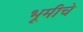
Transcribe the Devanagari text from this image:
भूमीचे